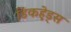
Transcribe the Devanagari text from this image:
डिकहे़ड्स